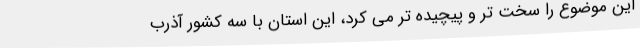
این موضوع را سخت تر و پیچیده تر می کرد، این استان با سه کشور آذرب